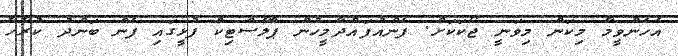
އެހެންވީމާ މިކަން މިވަނީ ޖޯކަކަށް. ފެންއުފައްދާމީހުން ޕްލާސްޓިކް ފުޅީގައި ފެން ބަންދު ކުރާހާ